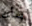
بأن